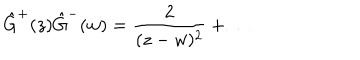
\hat { G } ^ { + } ( z ) \hat { G } ^ { - } ( w ) = \frac 2 { ( z - w ) ^ { 2 } } + \ldots